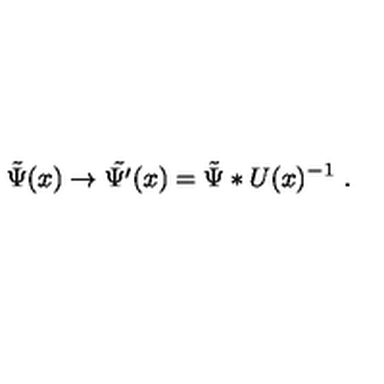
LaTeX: \tilde { \Psi } ( x ) \to \tilde { \Psi ^ { \prime } } ( x ) = \tilde { \Psi } * U ( x ) ^ { - 1 } \ .